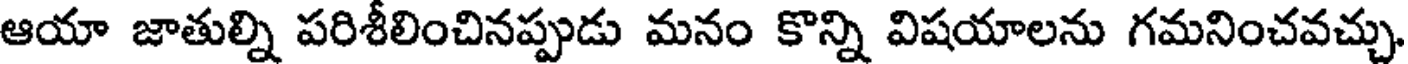
ఆయా జాతుల్ని పరిశీలించినప్పుడు మనం కొన్ని విషయాలను గమనించవచ్చు